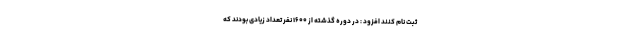
ثبت نام کنند افزود : در دوره گذشته از ۱۶۰۰ نفر تعداد زیادی بودند که